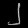
Digit: ၂